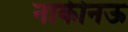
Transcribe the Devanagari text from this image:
नाकीनऊ